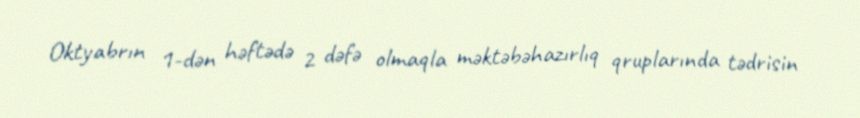
Oktyabrın 1-dən həftədə 2 dəfə olmaqla məktəbəhazırlıq qruplarında tədrisin